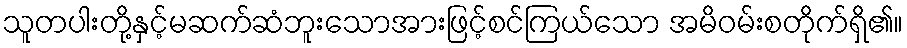
သူတပါးတို့နှင့်မဆက်ဆံဘူးသောအားဖြင့်စင်ကြယ်သော အမိဝမ်းစတိုက်ရှိ၏။